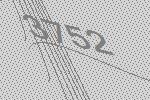
3752